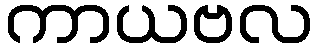
ကာယဗလ